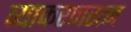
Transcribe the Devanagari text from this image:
व्याकरणरत्न